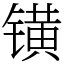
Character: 𨱑